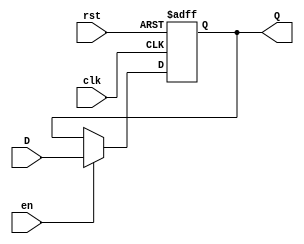
module Input_Register #(
    parameter WIDTH = 8  // Parameter to set the width of the register
)(
    input wire clk,        // Clock signal
    input wire rst,        // Reset signal (active high)
    input wire en,         // Enable signal (active high)
    input wire [WIDTH-1:0] D, // Data input
    output reg [WIDTH-1:0] Q  // Data output
);

// Asynchronous reset and synchronous data capture
always @(posedge clk or posedge rst) begin
    if (rst) begin
        Q <= {WIDTH{1'b0}};  // Clear register to zero on reset
    end else if (en) begin
        Q <= D;              // Capture input data on clock edge when enabled
    end
end

endmodule